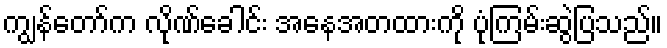
ကျွန်တော်က လိုဏ်ခေါင်း အနေအတထားကို ပုံကြမ်းဆွဲပြသည်။